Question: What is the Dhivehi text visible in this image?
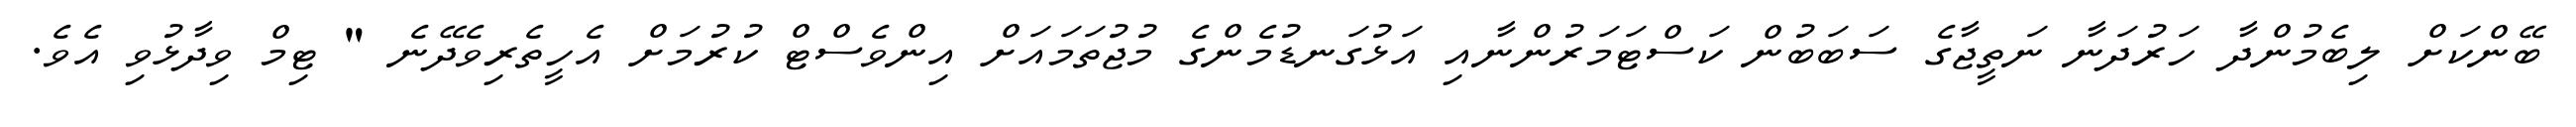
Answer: ބޭންކަށް ލިބެމުންދާ ހަރުދަނާ ނަތީޖާގެ ސަބަބުން ކަސްޓަމަރުންނާއި އަޅުގަނޑުމެންގެ މުޖުތަމައަށް އިންވެސްޓް ކުރުމަށް އެހީތެރިވެދޭނެ " ޓިމް ވިދާޅުވި އެވެ.